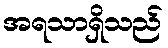
အရသာရှိသည်